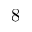
8